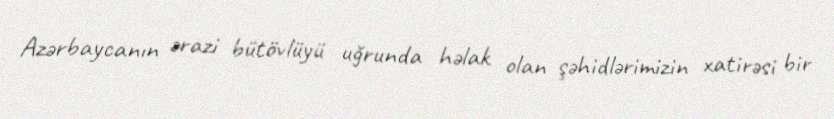
Azərbaycanın ərazi bütövlüyü uğrunda həlak olan şəhidlərimizin xatirəsi bir